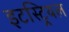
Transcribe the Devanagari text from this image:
इटस्ट्रियल